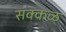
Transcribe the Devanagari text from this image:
सक्‍कळ